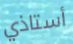
أستاذي